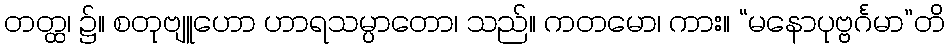
တတ္ထ၊ ၌။ စတုဗျူဟော ဟာရသမ္ပာတော၊ သည်။ ကတမော၊ ကား။ “မနောပုဗ္ဗင်္ဂမာ”တိ